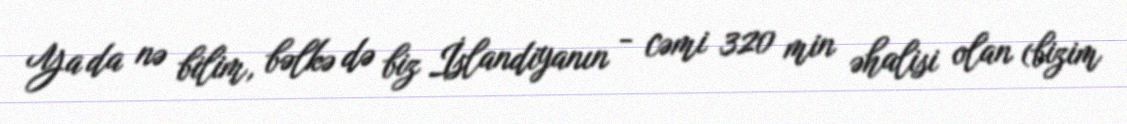
Ya da nə bilim, bəlkə də biz İslandiyanın - cəmi 320 min əhalisi olan (bizim